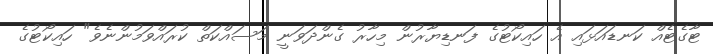
ޓާގެޓެއް ކަނޑައަޅައި އެ ހައިކޯޓުގެ ފަނޑިޔާރުން މިހާރު ގެންދަވަނީ މަސައްކަތް ކުރައްވަމުންނެވެ" ހައިކޯޓުގެ